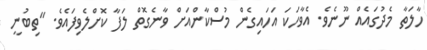
ހާލަތާ މެދުގައެއް ނޫނެވެ. އެވާހަކަ އަހައިގެން މުސްކާންއަށް ވާނެގޮތް ލަފާ ކޮށްލެވިފައެވެ. "ތިބުނީ